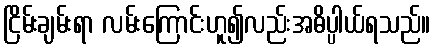
ငြိမ်းချမ်းရာ လမ်းကြောင်းဟူ၍လည်းအဓိပ္ပါယ်ရသည်။